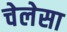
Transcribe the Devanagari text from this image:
चेलेसा